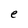
Character: e